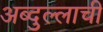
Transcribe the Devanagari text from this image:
अब्दुल्लाची